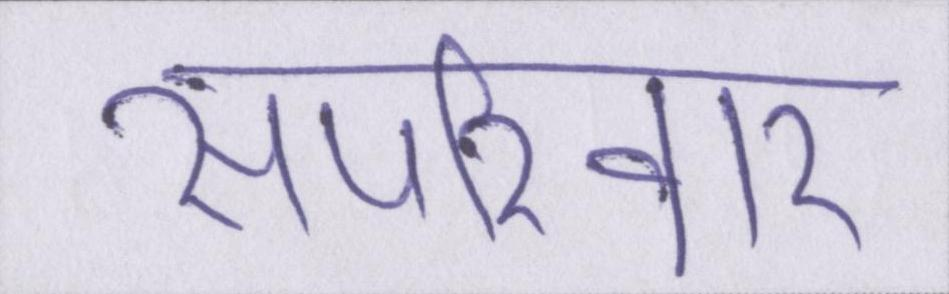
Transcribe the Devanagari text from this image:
सपरिवार